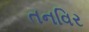
તનવિર